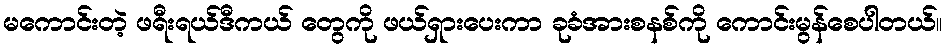
မကောင်းတဲ့ ဖရီးရယ်ဒီကယ် တွေကို ဖယ်ရှားပေးကာ ခုခံအားစနစ်ကို ကောင်းမွန်စေပါတယ်။